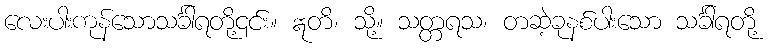
လေးပါးကုန်သောသင်္ခါရတို့၎င်း။ ဣတိ၊ သို့။ သတ္တရသ၊ တဆဲ့ခုနစ်ပါးသော သင်္ခါရတို့